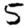
Digit: 5